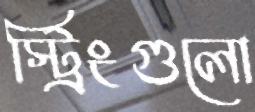
স্ট্রিংগুলো